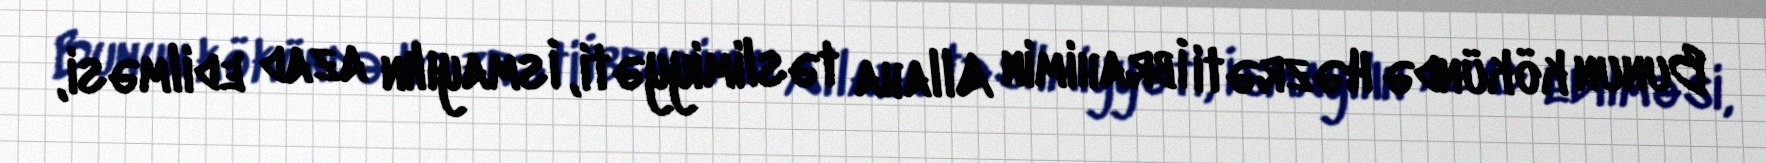
Bunun kökündə Həzrəti İbrahimin Allaha təslimiyyəti, İsmayılın azad edilməsi,